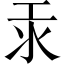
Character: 汞